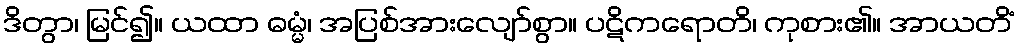
ဒိတွာ၊ မြင်၍။ ယထာ ဓမ္မံ၊ အပြစ်အားလျော်စွာ။ ပဋိကရောတိ၊ ကုစား၏။ အာယတိံ